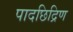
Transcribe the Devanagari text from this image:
पादछिद्रिण